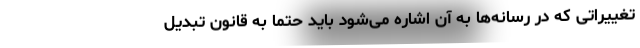
تغییراتی که در رسانه‌ها به آن اشاره می‌شود باید حتماً به قانون تبدیل